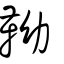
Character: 靿